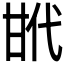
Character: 𢎌